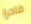
قادرا